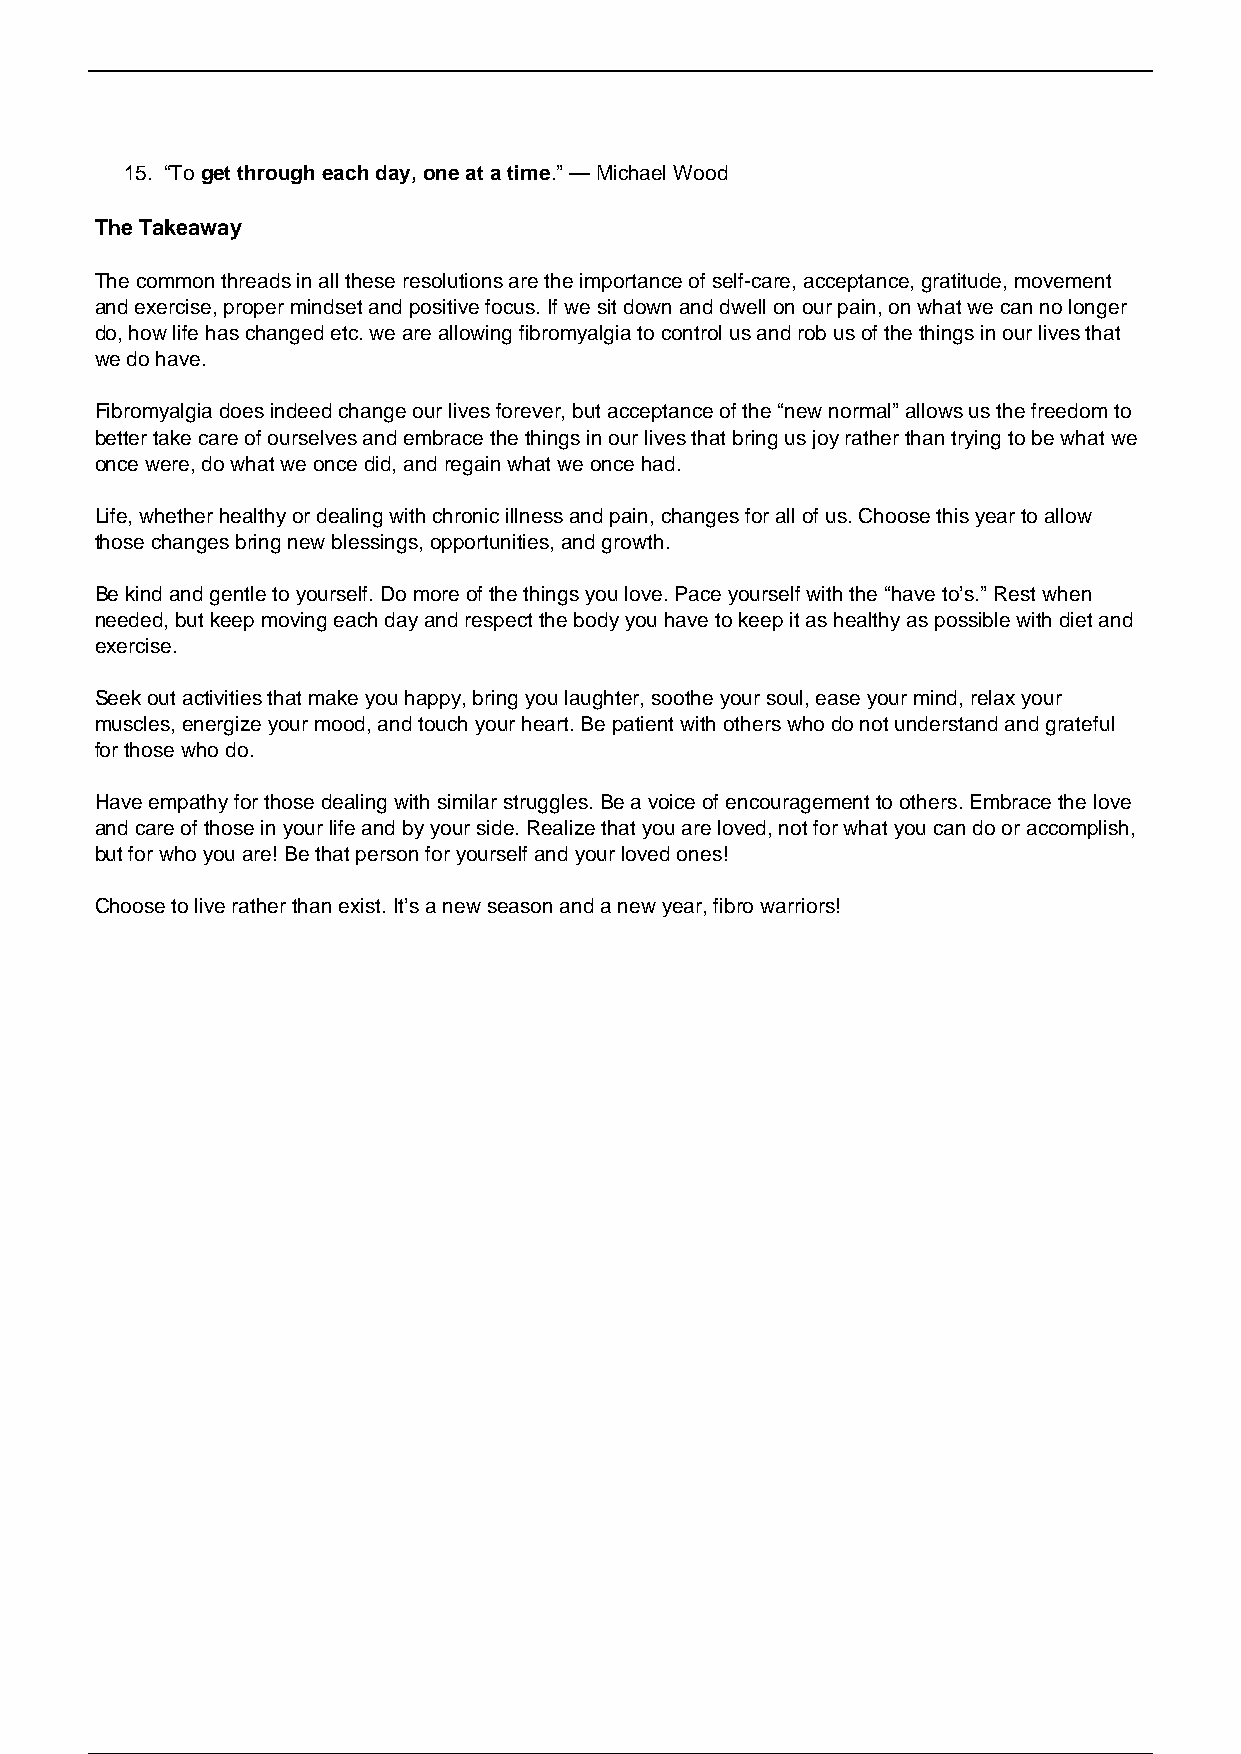
15. “To get through each day, one at a time.” — Michael Wood
 The Takeaway
 The common threads in all these resolutions are the importance of self-care, acceptance, gratitude, movement
 and exercise, proper mindset and positive focus. If we sit down and dwell on our pain, on what we can no longer
 do, how life has changed etc. we are allowing fibromyalgia to control us and rob us of the things in our lives that
 we do have.
 Fibromyalgia does indeed change our lives forever, but acceptance of the “new normal” allows us the freedom to
 better take care of ourselves and embrace the things in our lives that bring us joy rather than trying to be what we
 once were, do what we once did, and regain what we once had.
 Life, whether healthy or dealing with chronic illness and pain, changes for all of us. Choose this year to allow
 those changes bring new blessings, opportunities, and growth.
 Be kind and gentle to yourself. Do more of the things you love. Pace yourself with the “have to’s.” Rest when
 needed, but keep moving each day and respect the body you have to keep it as healthy as possible with diet and
 exercise.
 Seek out activities that make you happy, bring you laughter, soothe your soul, ease your mind, relax your
 muscles, energize your mood, and touch your heart. Be patient with others who do not understand and grateful
 for those who do.
 Have empathy for those dealing with similar struggles. Be a voice of encouragement to others. Embrace the love
 and care of those in your life and by your side. Realize that you are loved, not for what you can do or accomplish,
 but for who you are! Be that person for yourself and your loved ones!
 Choose to live rather than exist. It’s a new season and a new year, fibro warriors!
 Powered by TCPDF (www.tcpdf.org)
 2 / 2